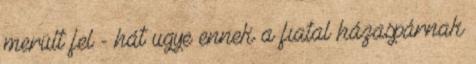
merült fel - hát ugye ennek a fiatal házaspárnak